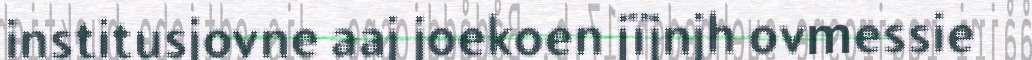
institusjovne aaj joekoen jïjnjh ovmessie